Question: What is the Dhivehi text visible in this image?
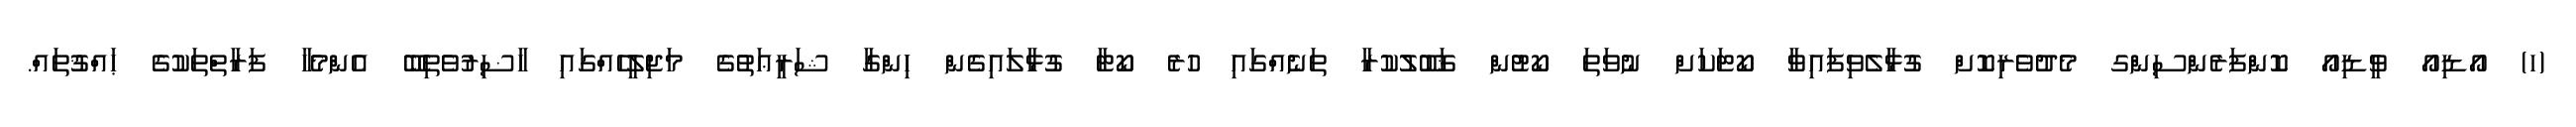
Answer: (ހ) އޯޑިއޯ ވީޑިއޯ ކޮންފަރެންސިންގ މެދުވެރިކޮށް ގުޅާލެވިފައިވާ ކޯޓަކަށް ނުވަތަ ކޯޓުން ޤަބޫލުކުރާ ތަނެއްގައި ހުރެ ކޯޓާ ގުޅާލައިގެން ހިންގާ ޝަރީޢަތުގެ މަޖިލީހެއްގައި ހާޟިރުވެތިބޭ އެންމެހާ ފަރާތްތަކުގެ ޙައްޤުތައް.